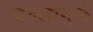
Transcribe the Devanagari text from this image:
दंगलीमुळे